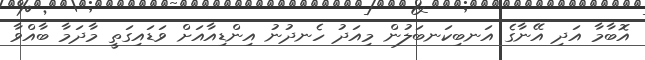
އޮބާމާ އަދި އޭނާގެ އަނބިކަނބަލުން މިއަދު ހެނދުނު އިންޑިއާއަށް ވަޑައިގަތީ މާދަމާ ބާއްވާ